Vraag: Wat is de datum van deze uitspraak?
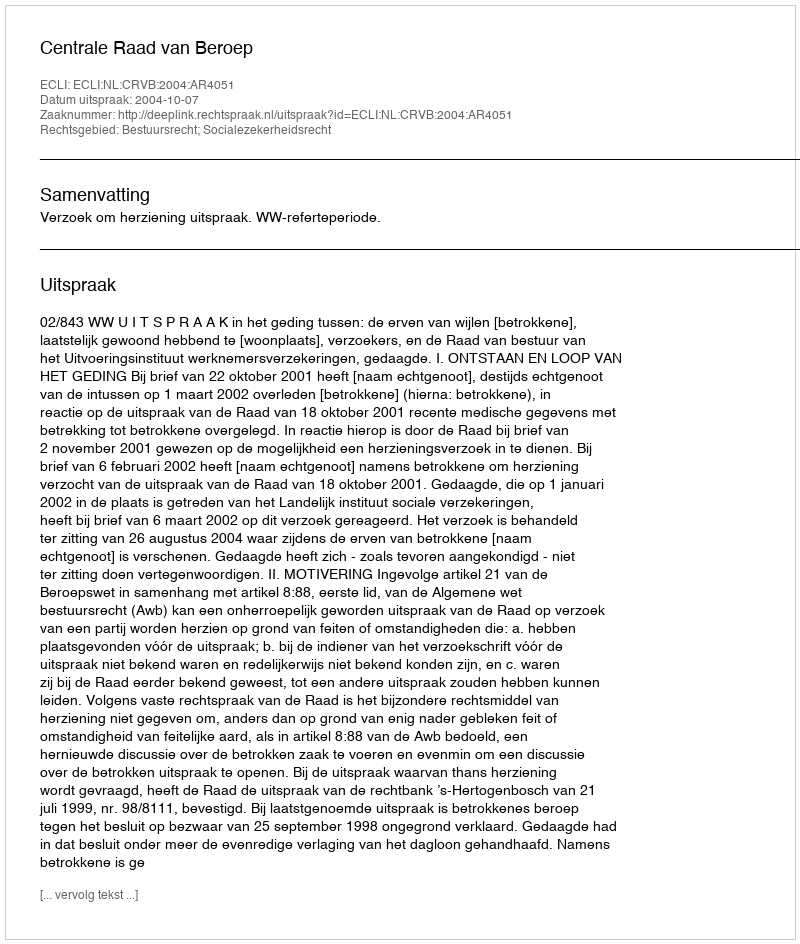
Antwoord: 2004-10-07